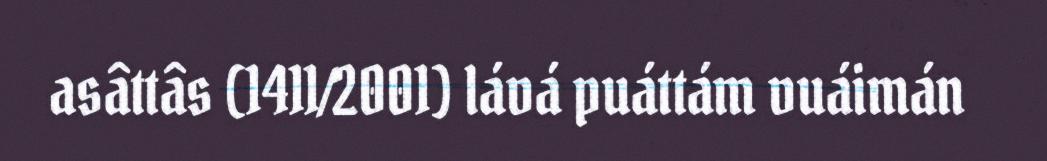
asâttâs (1411/2001) lává puáttám vuáimán